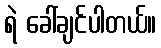
ရဲ ခေါ်ချင်ပါတယ်။